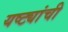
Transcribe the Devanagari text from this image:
यष्ट्यांची